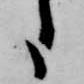
日